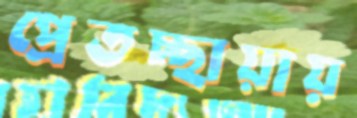
প্রেতচ্ছায়ায়